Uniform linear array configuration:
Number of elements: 64
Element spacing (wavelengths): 0.5
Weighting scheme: exponential
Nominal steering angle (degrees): -15
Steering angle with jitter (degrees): -14.457
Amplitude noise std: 0.05
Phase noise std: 0.05

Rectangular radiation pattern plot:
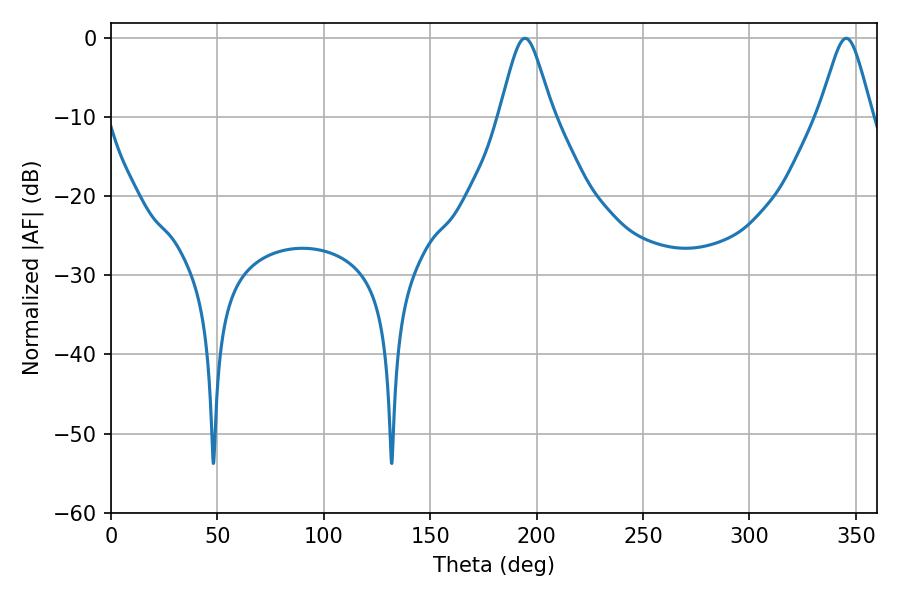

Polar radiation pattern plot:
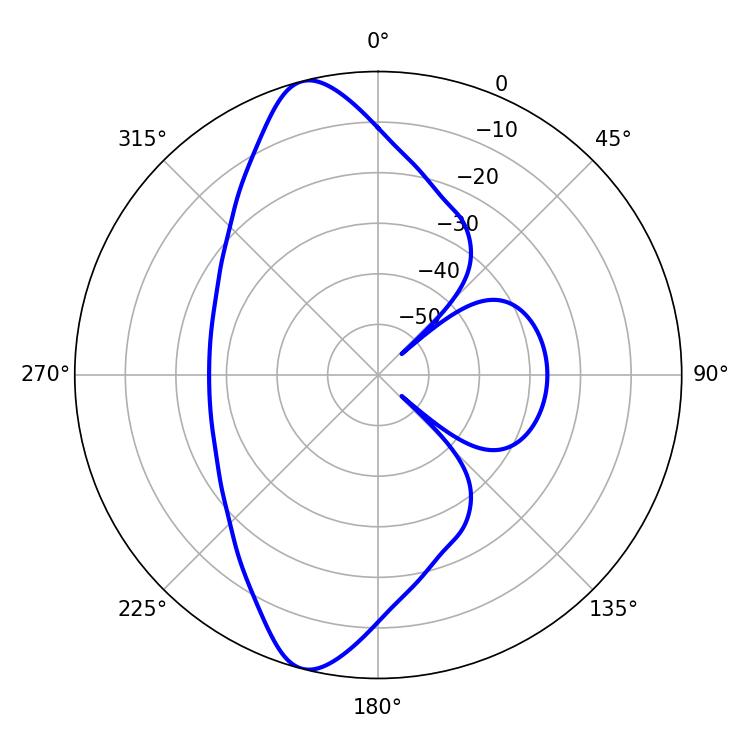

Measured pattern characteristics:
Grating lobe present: FALSE
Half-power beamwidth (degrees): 12.06
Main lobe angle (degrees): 194.58